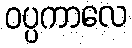
ဝပ္ပကာလေ